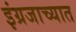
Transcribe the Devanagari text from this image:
इंग्रजाच्यात